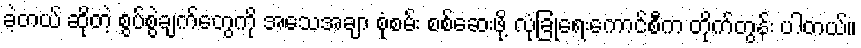
ခဲ့တယ် ဆိုတဲ့ စွပ်စွဲချက်တွေကို အသေအချာ စုံစမ်း စစ်ဆေးဖို့ လုံခြုံရေးကောင်စီက တိုက်တွန်း ပါတယ်။